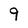
Character: 9